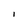
Character: I